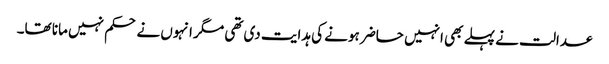
عدالت نے پہلے بھی انہیں حاضر ہونے کی ہدایت دی تھی مگر انہوں نے حکم نہیں مانا تھا۔